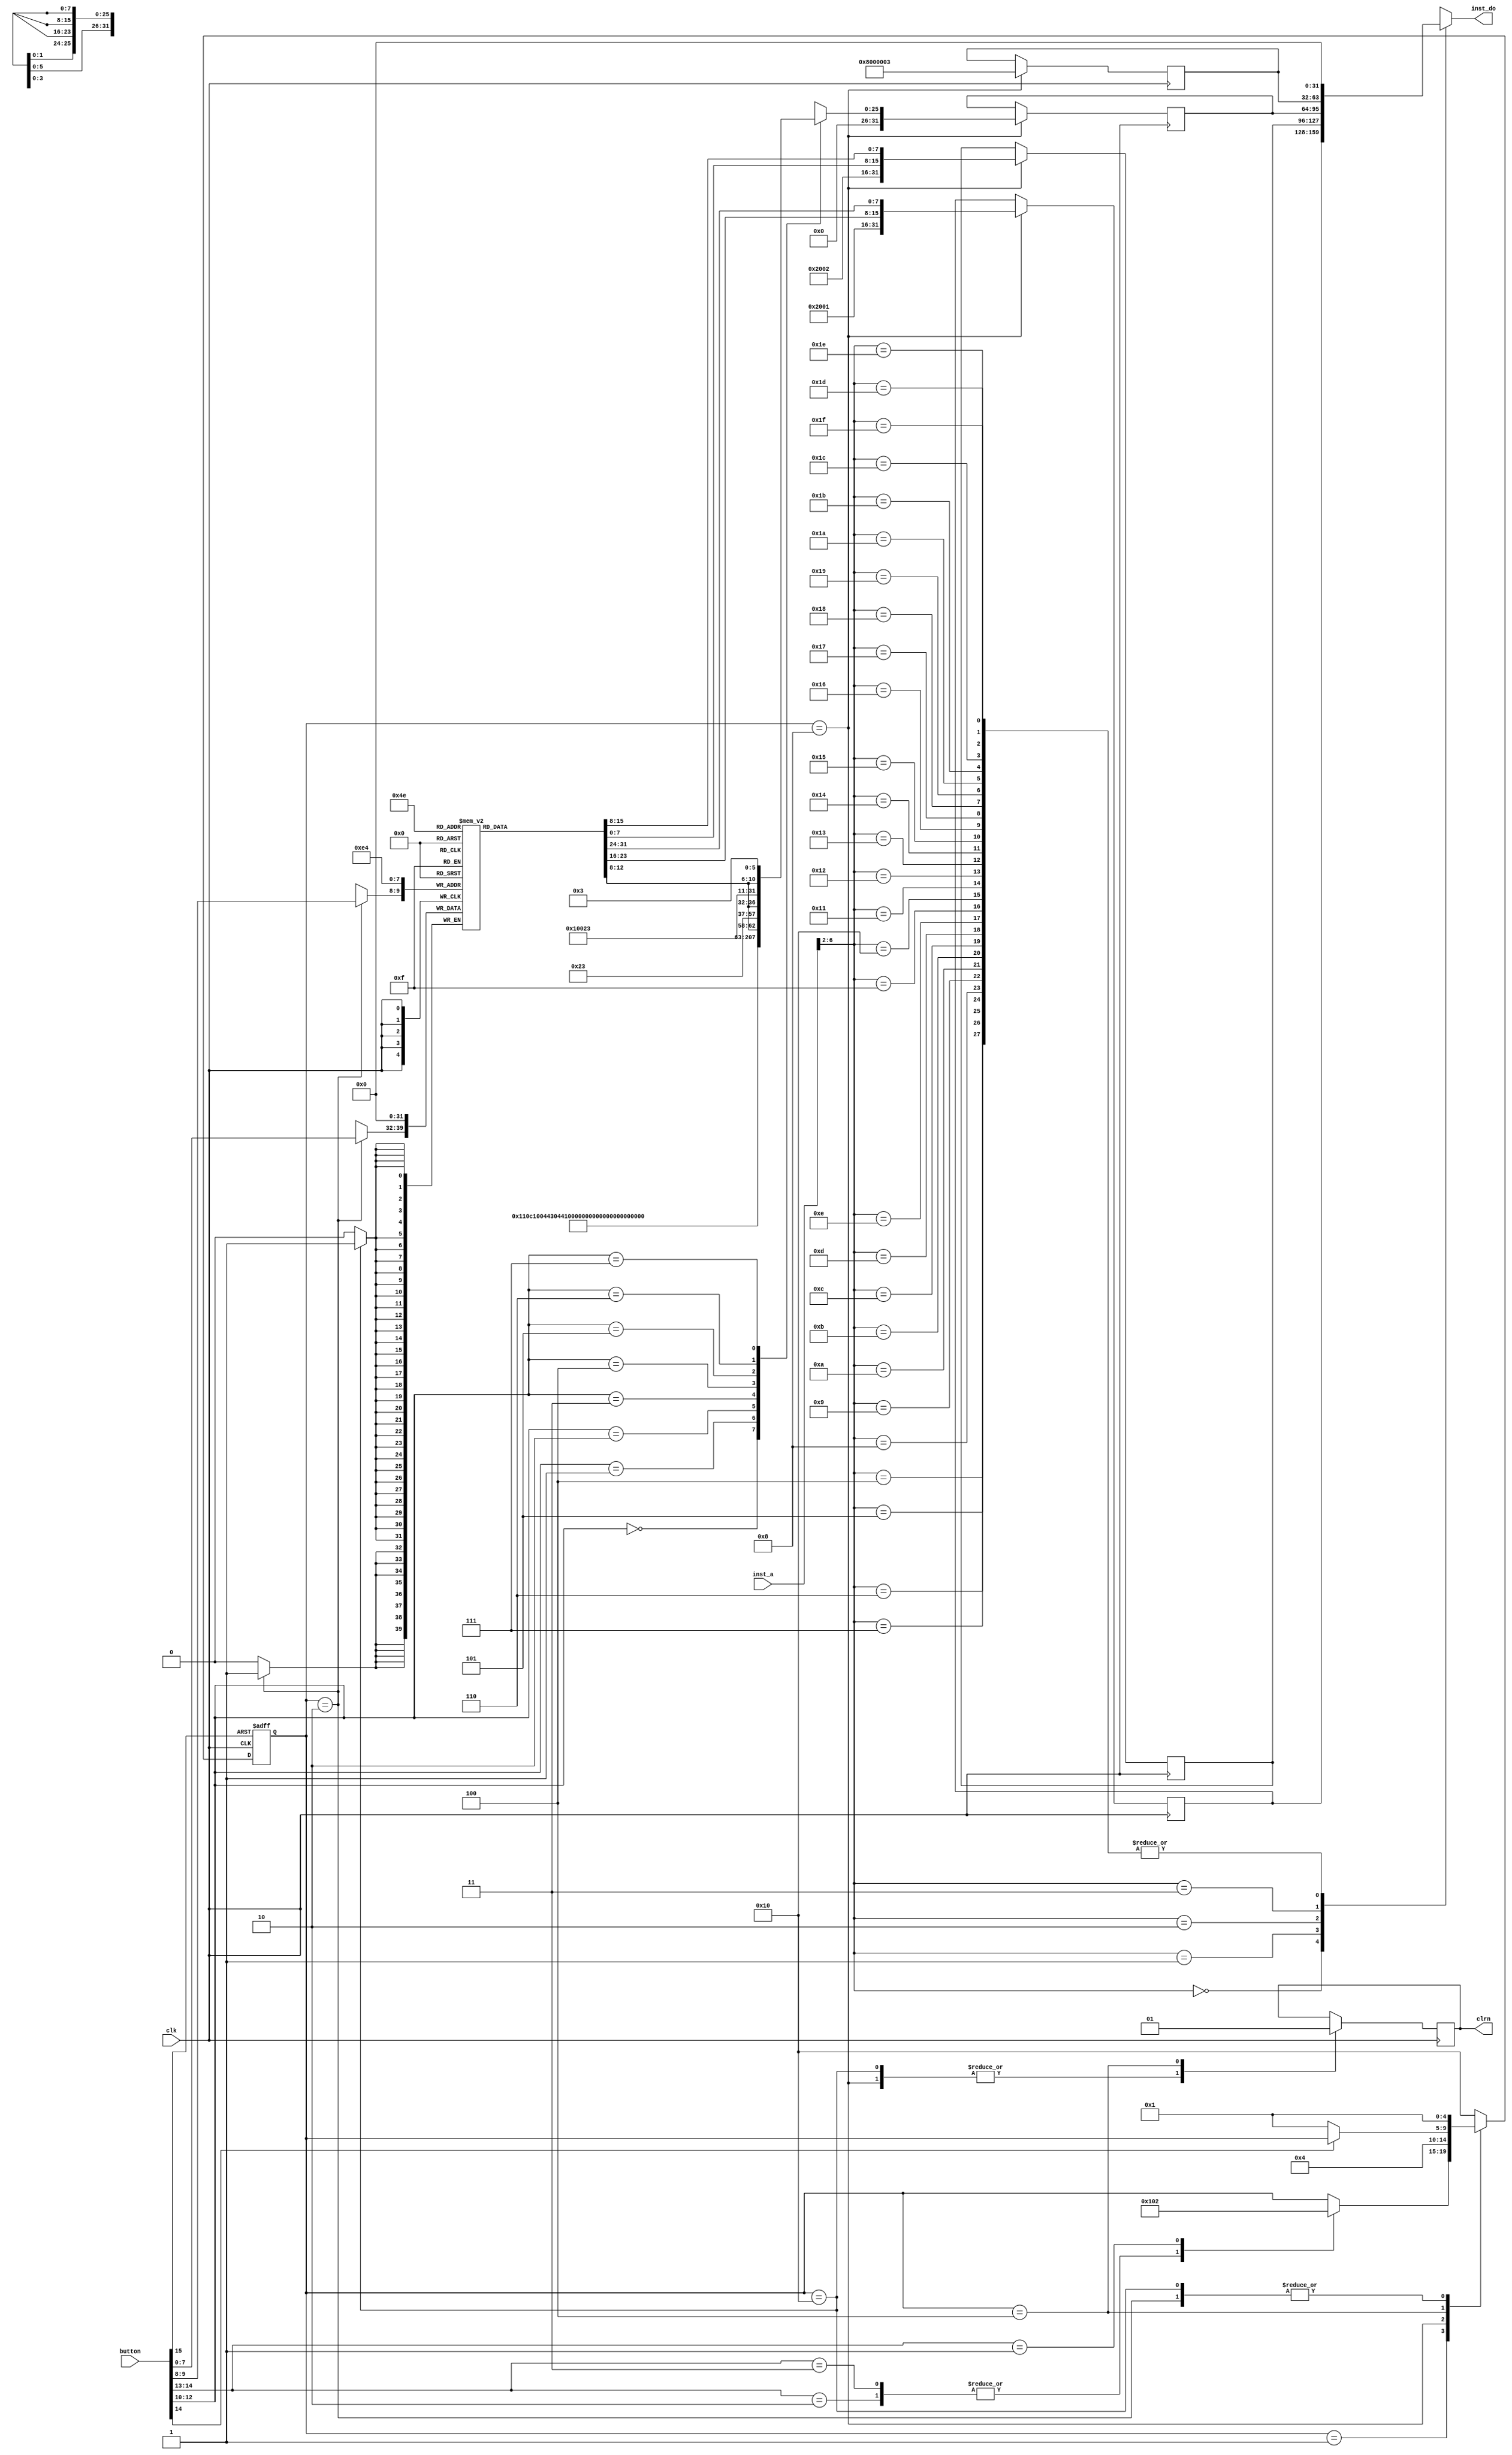
module KEY2INST(
	input clk,
	input[15:0] button,
	input[31:0] inst_a,
	output[31:0] inst_do,
	output clrn
    );

	//CMD
	parameter [2:0]
		cmd_add = 3'b000,
		cmd_sub = 3'b001,
		cmd_and = 3'b010,
		cmd_or = 3'b011,
		cmd_xor = 3'b100,
		cmd_sll = 3'b101,
		cmd_srl = 3'b110,
		cmd_sra = 3'b111;

	//Select
	parameter [1:0]
		sl_al = 2'b00,
		sl_ah = 2'b01,
		sl_bl = 2'b10,
		sl_bh = 2'b11;

	//State
	parameter [4:0]
		st_idle = 5'b00001,
		st_load = 5'b00010,
		st_run = 5'b00100,
		st_wrom = 5'b01000,
		st_reset = 5'b10000;

	//func
	parameter [5:0]
	func_add = 6'b100000,
	func_sub = 6'b100010,
	func_and = 6'b100100,
	func_or = 6'b100101,
	func_xor = 6'b100110,
	func_sll = 6'b000000,
	func_srl = 6'b000010,
	func_sra = 6'b000011;

	reg[31:0] inst_rom[31:0];
	wire rst_n;
	wire run;
	wire load;
	wire[2:0] cmd;
	wire[1:0] select;
	wire[7:0] data;
	reg[4:0] st;
	reg r_clrn;

	//ah,al,bh,bl
	reg[7:0] data_now[3:0];
	reg[25:0] cmd_do;

	assign rst_n = button[15];
	assign run = button[14];
	assign load = button[13];
	assign cmd = button[12:10];
	assign select = button[9:8];
	assign data = button[7:0];

	assign clrn = r_clrn;
	assign inst_do = inst_rom[inst_a[6:2]];

	integer i;
	initial begin
		st <= st_idle;
		for(i=0;i<4;i=i+1)
			data_now[i] <= 8'b0;
		for(i=0;i<32;i=i+1)
			inst_rom[i] <= 32'b0;
	end

	//Cmd_do
	always @(*) begin 
		case (cmd)
			cmd_add : cmd_do <= {5'b00001,5'b00010,5'b00011,5'b0,func_add};
			cmd_sub : cmd_do <= {5'b00001,5'b00010,5'b00011,5'b0,func_sub};
			cmd_and : cmd_do <= {5'b00001,5'b00010,5'b00011,5'b0,func_and};
			cmd_or : cmd_do <= {5'b00001,5'b00010,5'b00011,5'b0,func_or};
			cmd_xor : cmd_do <= {5'b00001,5'b00010,5'b00011,5'b0,func_xor};
			cmd_sll : cmd_do <= {5'b0,5'b00001,5'b00011,data_now[3][4:0],func_sll};
			cmd_srl : cmd_do <= {5'b0,5'b00001,5'b00011,data_now[3][4:0],func_srl};
			cmd_sra : cmd_do <= {5'b0,5'b00001,5'b00011,data_now[3][4:0],func_sra};
			default : cmd_do <= 26'b0;
		endcase
	
	end

	//State machine
	always @(posedge clk or negedge rst_n) begin
		if(~rst_n) st <= st_reset;
		else begin
			case (st)
				st_idle : begin 
					case ({run,load})
						//2'b1x : st <= st_wrom;
						2'b10 : st <= st_wrom;
						2'b11 : st <= st_wrom;
						2'b01 : st <= st_load;
						default : st <= st;
					endcase
				end
				st_wrom : st <= st_run;
				st_run : st <= run ? st : st_idle;
				st_reset : st <= st_idle;
				st_load : st <= st_idle;
				default : st <= st_reset;
			endcase
		end
	end

	//Work
	always @(posedge clk) begin
		case (st)
			st_reset : begin
				r_clrn <= 1'b0;
				for(i=0;i<4;i=i+1)
					data_now[i] <= 8'b0;
			end
			st_load : data_now[select] <= data;
			st_wrom : begin 
				//Clear all regs, set pc to 0;
				r_clrn <= 1'b0;
				//r1 = r0(0) + a;
				inst_rom[0] <= {6'b001000,5'b00000,5'b00001,data_now[0],data_now[1]};
				//r2 = r0(0) + b;
				inst_rom[1] <= {6'b001000,5'b00000,5'b00010,data_now[2],data_now[3]};
				//r3 = r1 (cmd) r2;
				inst_rom[2] <= {6'b0,cmd_do};
				//loop(j 26'd4)
				inst_rom[3] <= {6'b000010,26'd3};
			end
			st_run : r_clrn <= 1'b1;
			default : /* default */;
		endcase
	end

endmodule